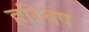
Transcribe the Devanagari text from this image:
हरिवंष